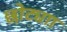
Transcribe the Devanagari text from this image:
छोट्याा